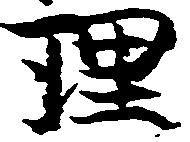
理